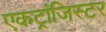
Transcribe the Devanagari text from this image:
एकट्रांजिस्टर